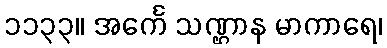
၁၁၃၃။ အင်္ကေ သဏ္ဌာန မာကာရေ၊